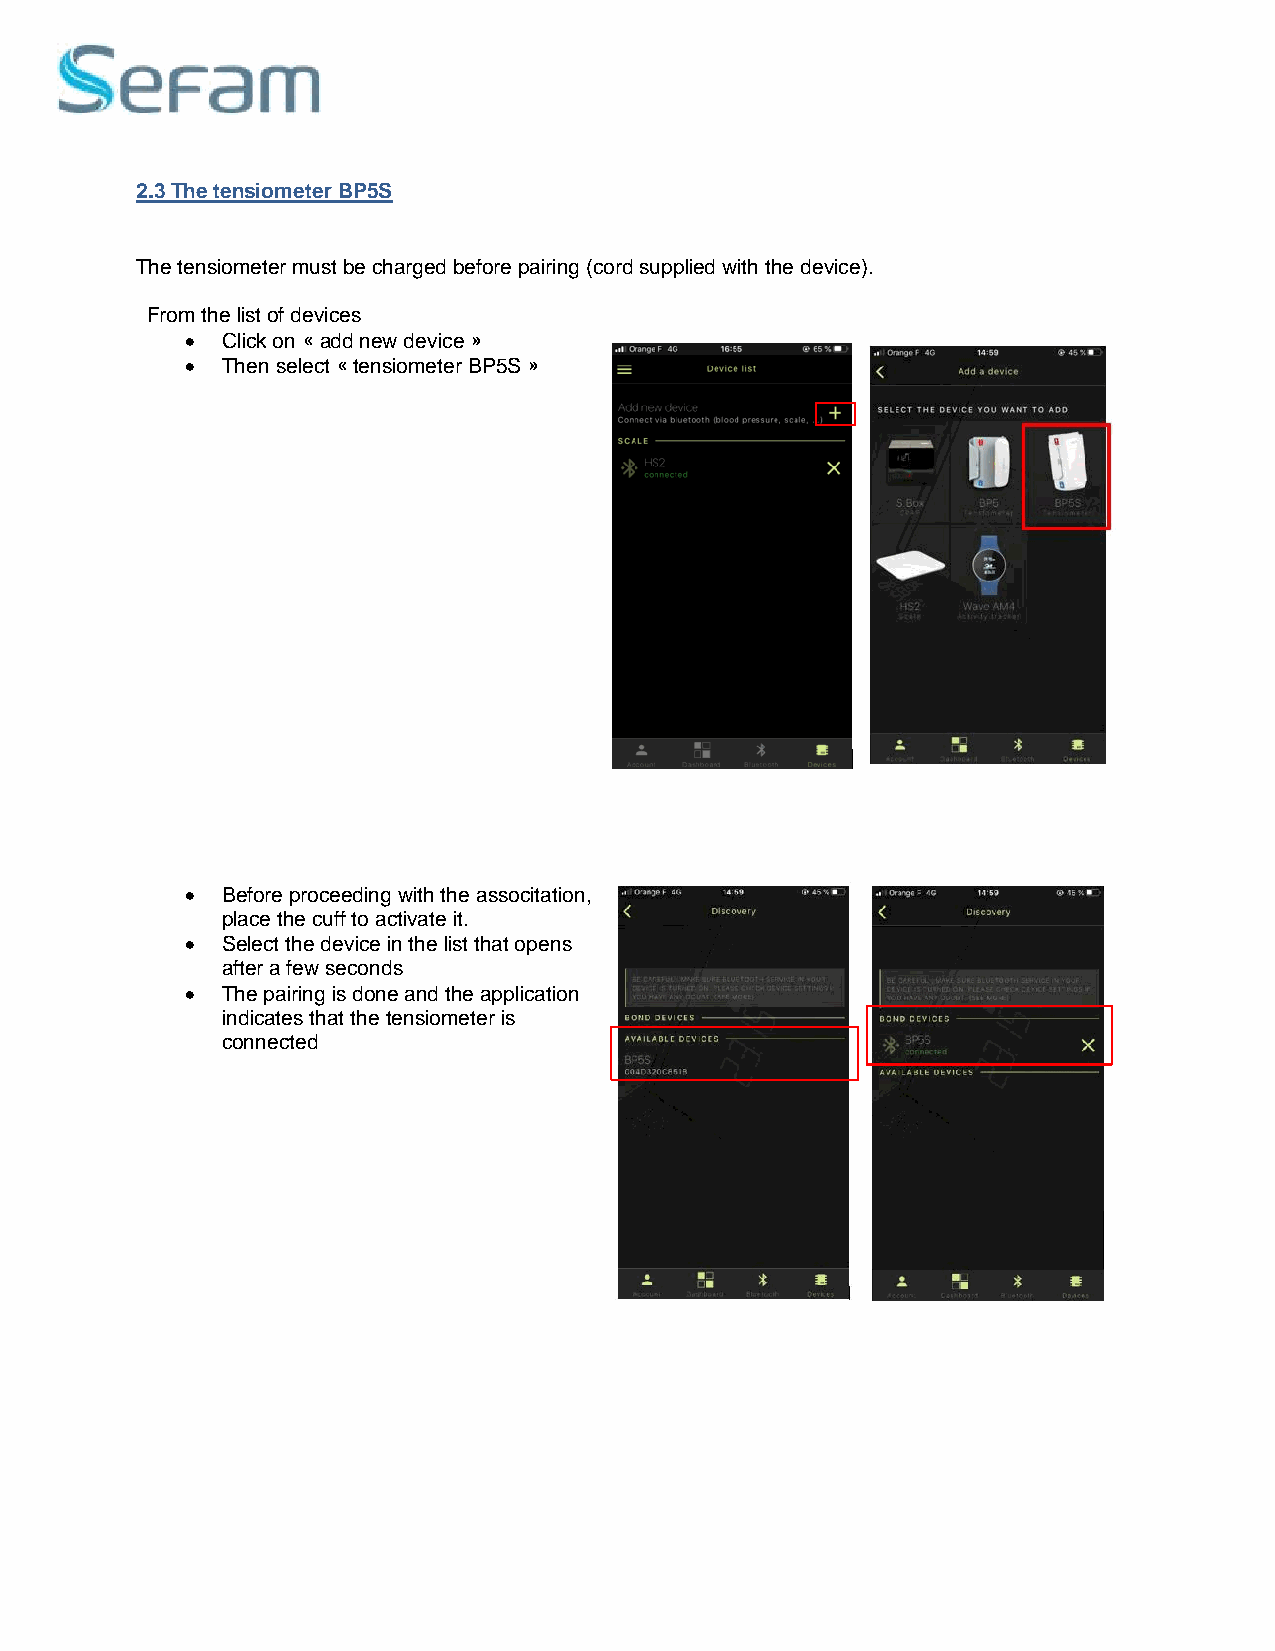
2.3 The tensiometer BP5S
 The tensiometer must be charged before pairing (cord supplied with the device).
 From the list of devices
 •  Click on « add new device »
 •  Then select « tensiometer BP5S »
 •  Before proceeding with the associtation,
 place the cuff to activate it.
 •  Select the device in the list that opens
 after a few seconds
 •  The pairing is done and the application
 indicates that the tensiometer is
 connected